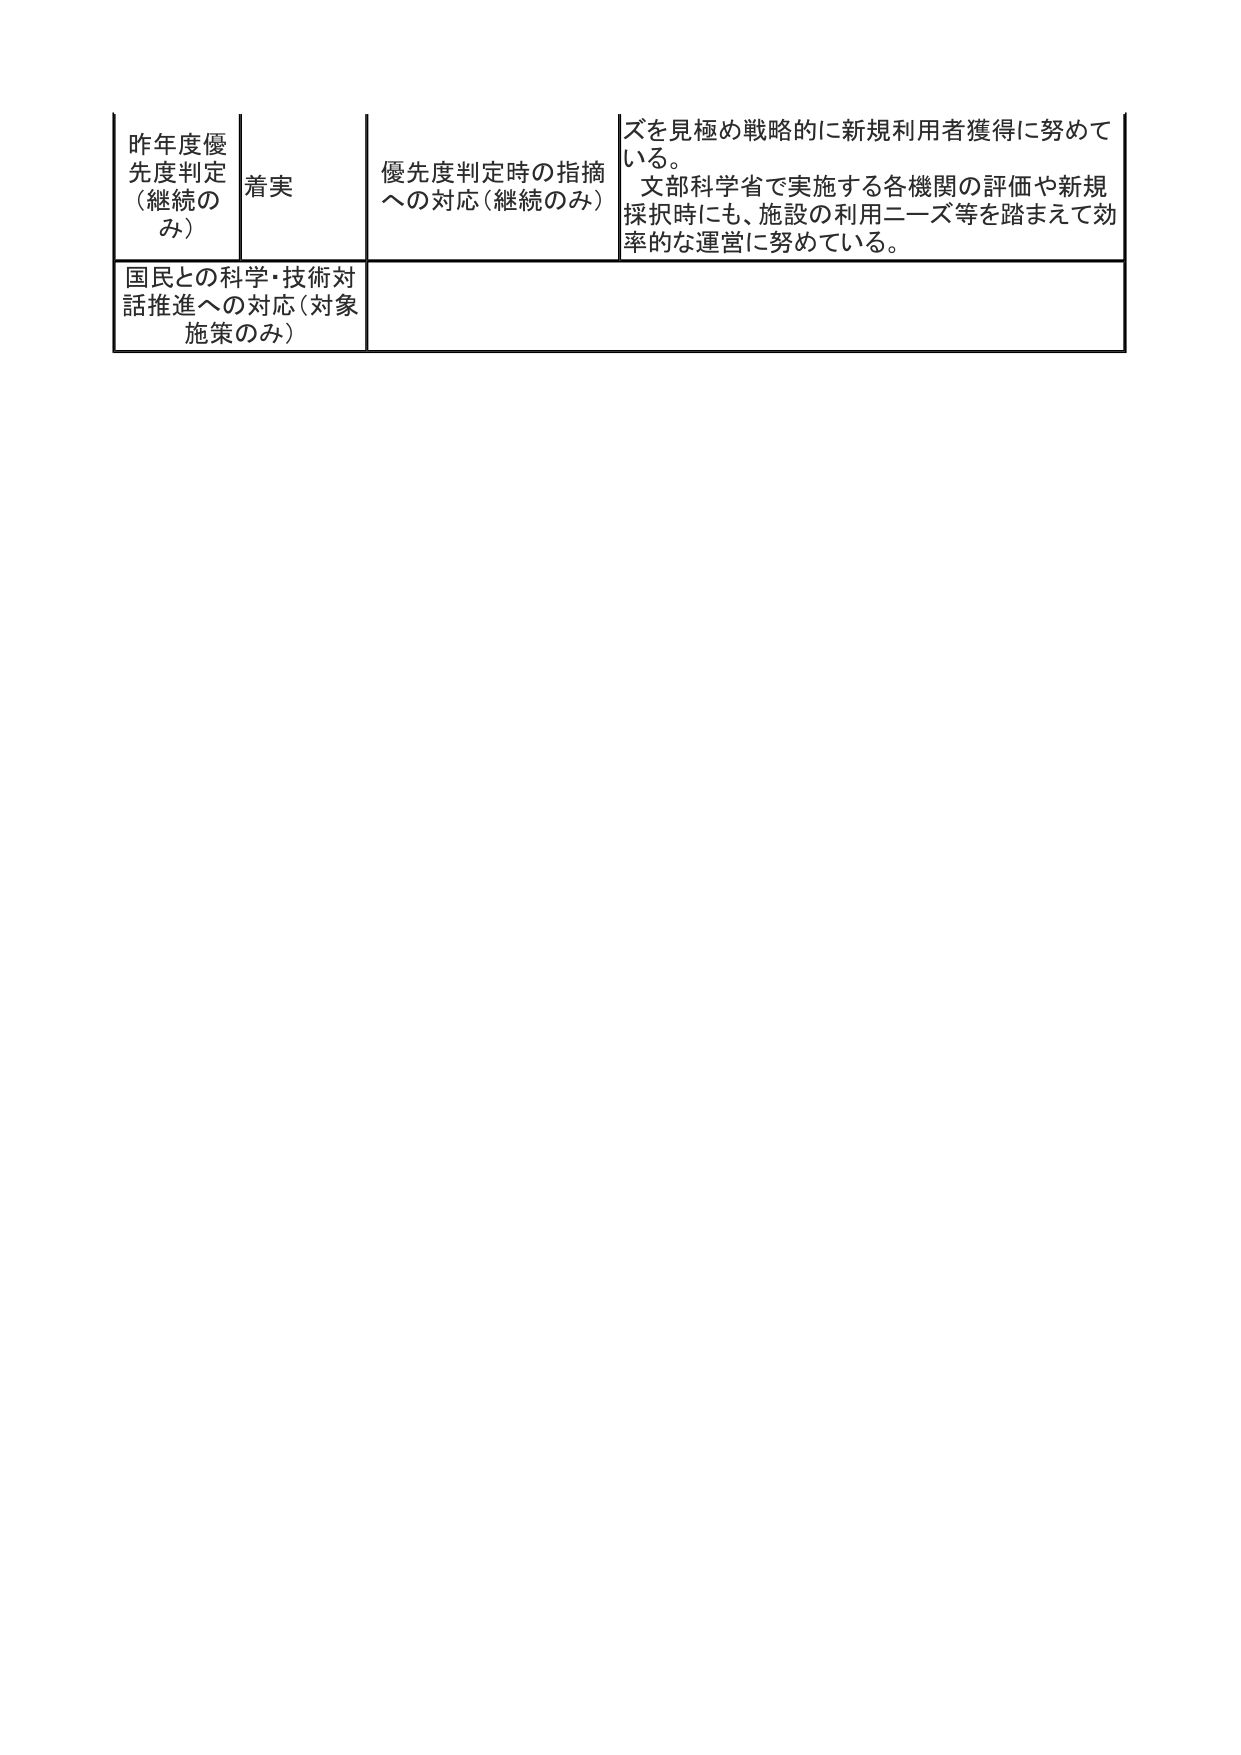
昨年度優先度判定（継続のみ）
着実
優先度判定時の指摘への対応（継続のみ）
ズを見極め戦略的に新規利用者獲得に努めている。
文部科学省で実施する各機関の評価や新規採択時にも、施設の利用ニーズ等を踏まえて効率的な運営に努めている。
国民との科学・技術対話推進への対応（対象施策のみ）